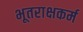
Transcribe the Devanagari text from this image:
भूतराक्षकर्म